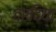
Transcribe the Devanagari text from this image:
दरदिया